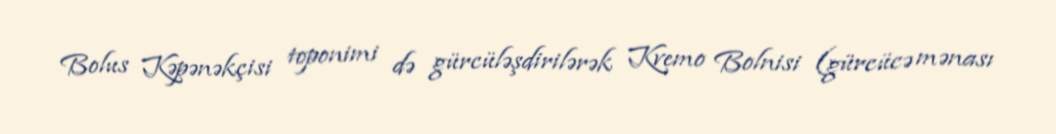
Bolus Kəpənəkçisi toponimi də gürcüləşdirilərək Kvemo Bolnisi (gürcücə mənası